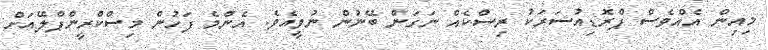
މިއިން އެއްވެސް ޕްރޮޑިއުސަރަކު ރިސްކެއް ނަގަން ބޭނުން ނުވީއެވެ. އެންމެ ފަހުން މިސްކްރީންޕްލޭއަށް